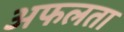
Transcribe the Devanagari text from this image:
अफलता